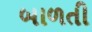
બાળતી